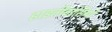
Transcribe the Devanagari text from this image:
हाइतीवासियों